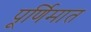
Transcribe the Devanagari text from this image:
पूर्णिमात